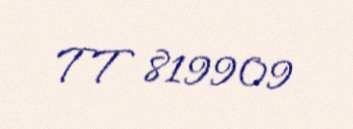
TT 819909